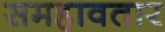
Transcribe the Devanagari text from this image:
समहावतार